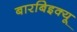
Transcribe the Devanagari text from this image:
बारबिइक्यू